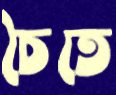
চৈতে